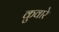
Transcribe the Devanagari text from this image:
कुवारे